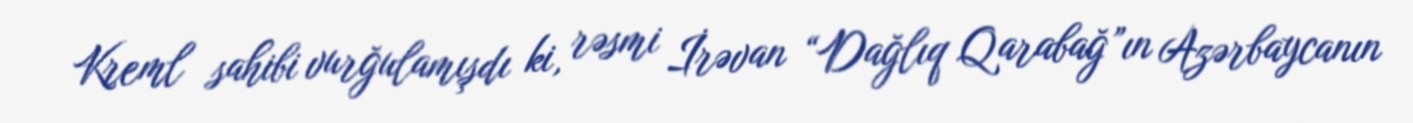
Kreml sahibi vurğulamışdı ki, rəsmi İrəvan “Dağlıq Qarabağ”ın Azərbaycanın